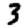
Digit: 3